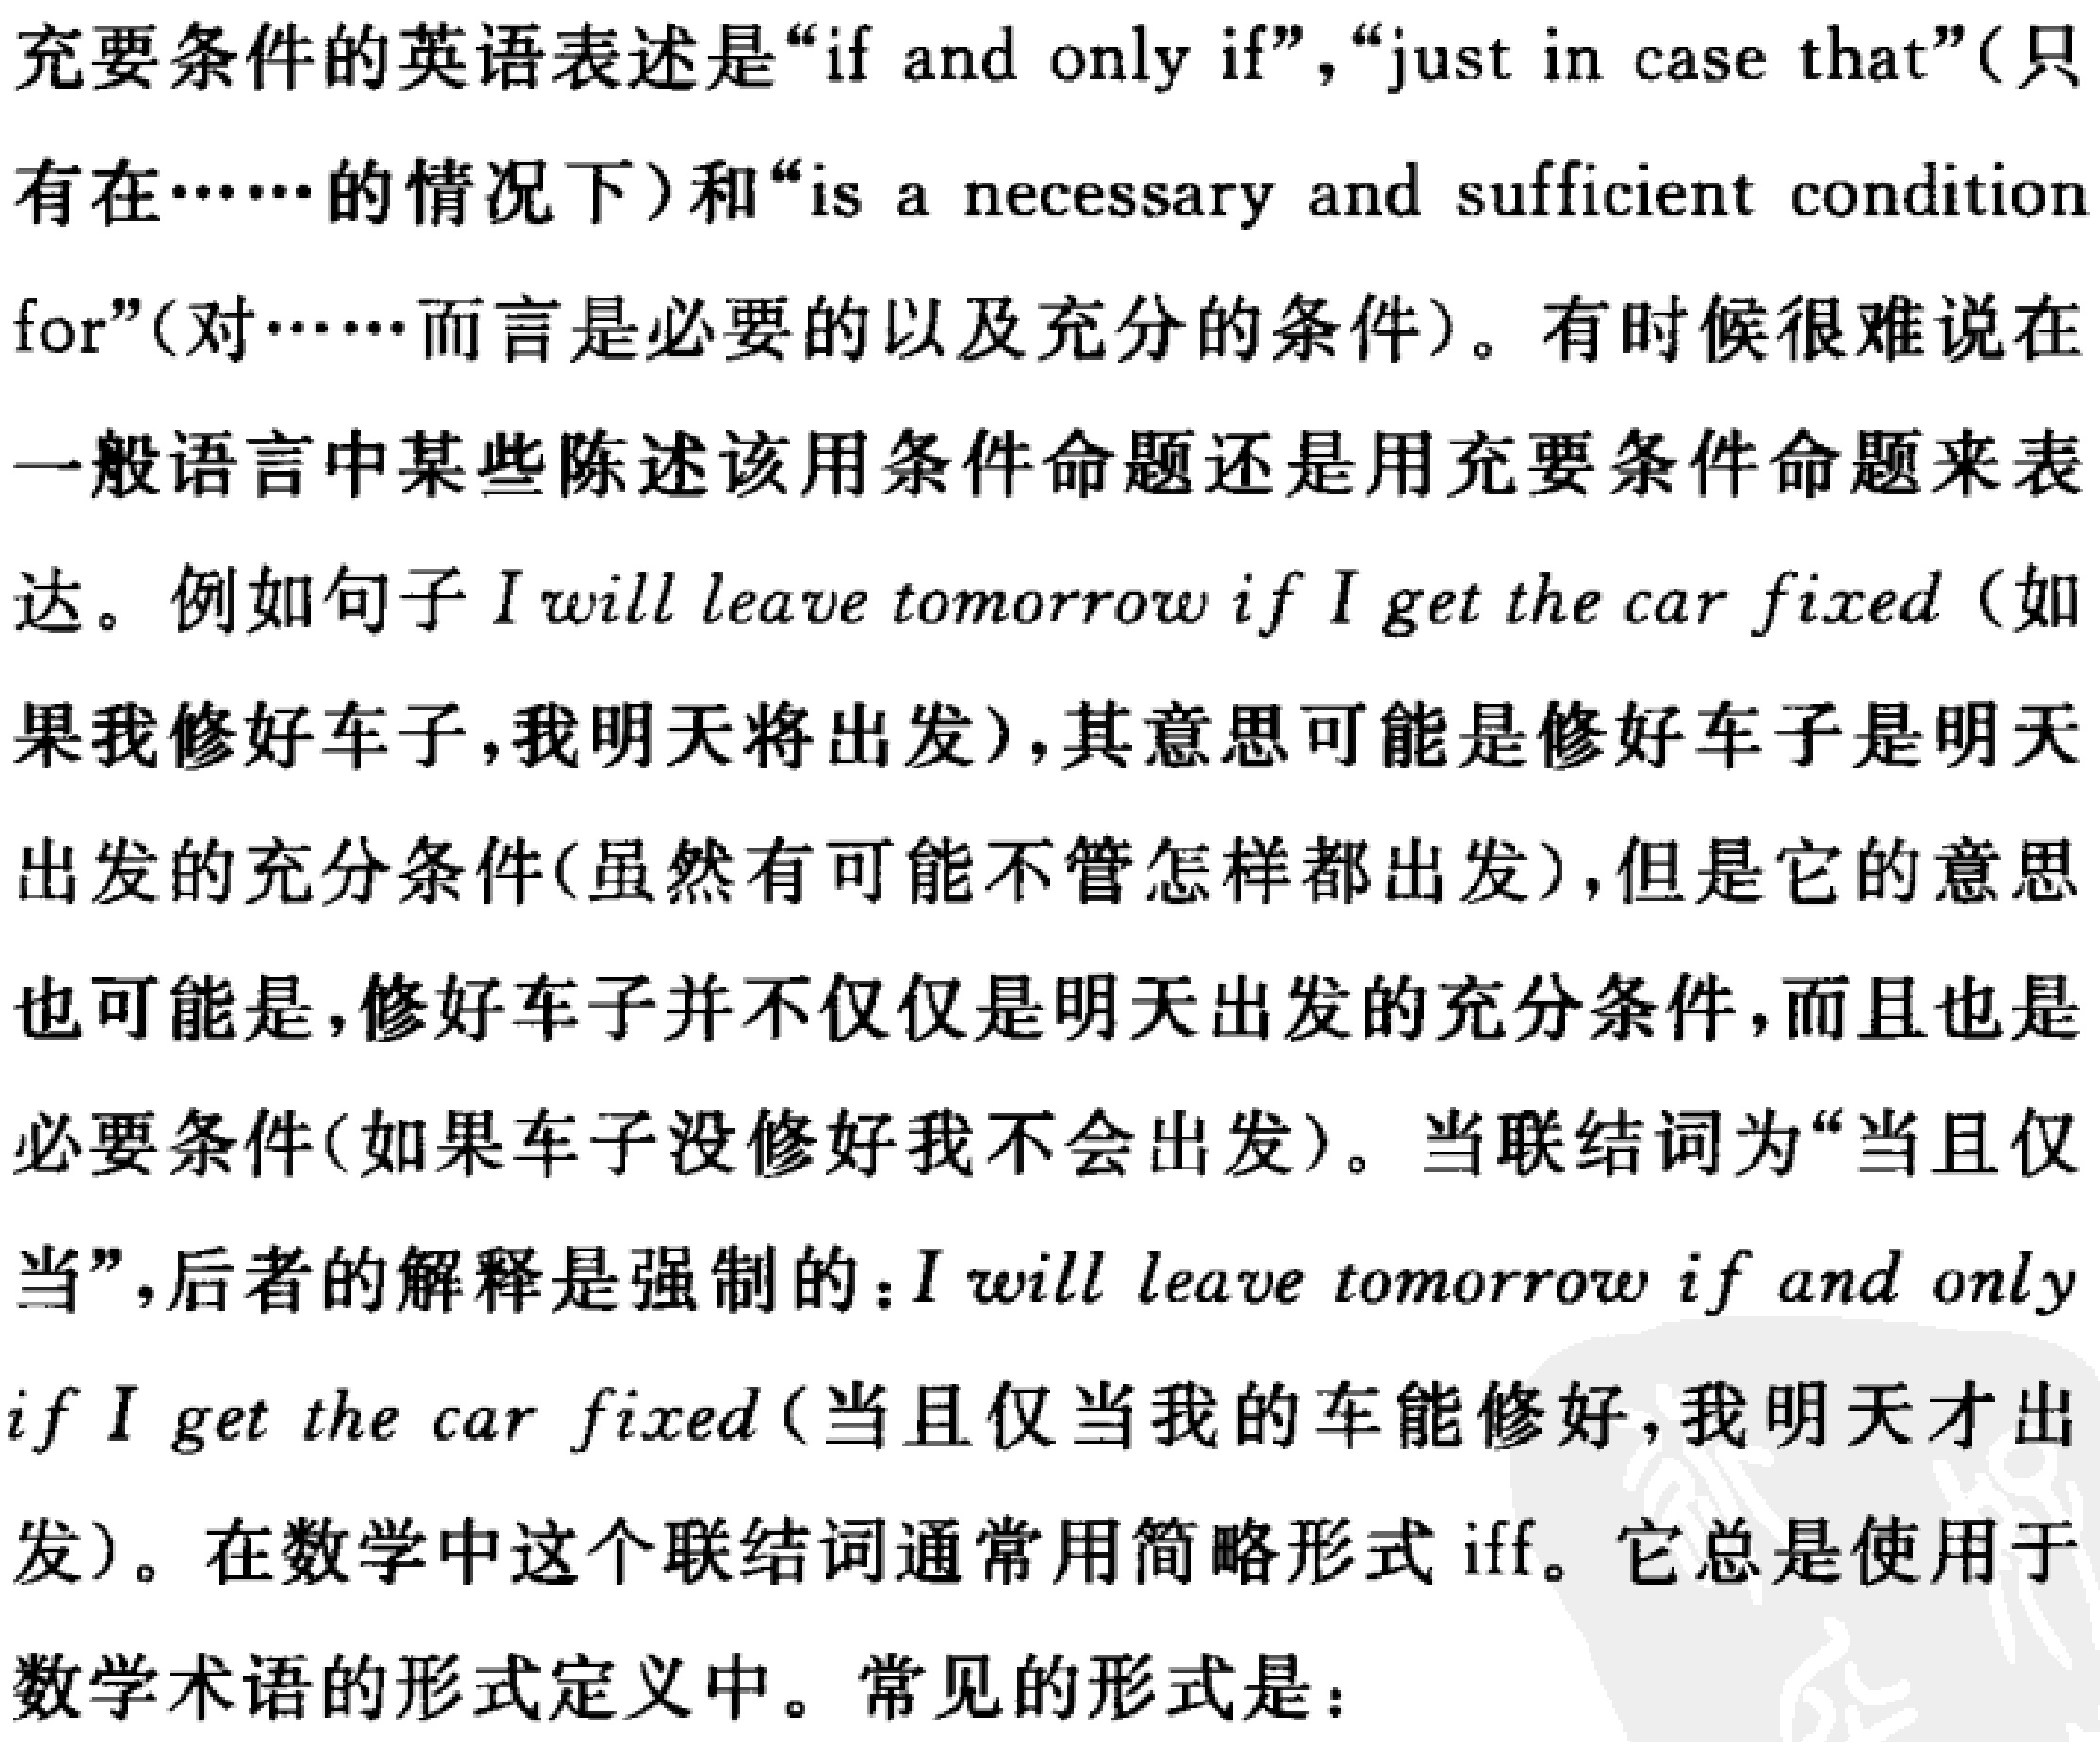
充要条件的英语表述是“if and only if”，“just in case that”（只有在……的情况下）和“is a necessary and sufficient condition for”（对……而言是必要的以及充分的条件）。有时候很难说在一般语言中某些陈述该用条件命题还是用充要条件命题来表达。例如句子I will leave tomorrow if I get the car fixed（如果我修好车子，我明天将出发），其意思可能是修好车子是明天出发的充分条件(虽然有可能不管怎样都出发)，但是它的意思也可能是，修好车子并不仅仅是明天出发的充分条件，而且也是必要条件(如果车子没修好我不会出发)。当联结词为“当且仅当”，后者的解释是强制的：I will leave tomorrow if and only if I get the car fixed（当且仅当我的车能修好，我明天才出发）。在数学中这个联结词通常用简略形式iff。它总是使用于数学术语的形式定义中。常见的形式是：